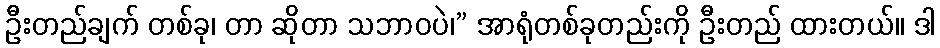
ဦးတည်ချက် တစ်ခု၊ တာ ဆိုတာ သဘာဝပဲ၊” အာရုံတစ်ခုတည်းကို ဦးတည် ထားတယ်။ ဒါ